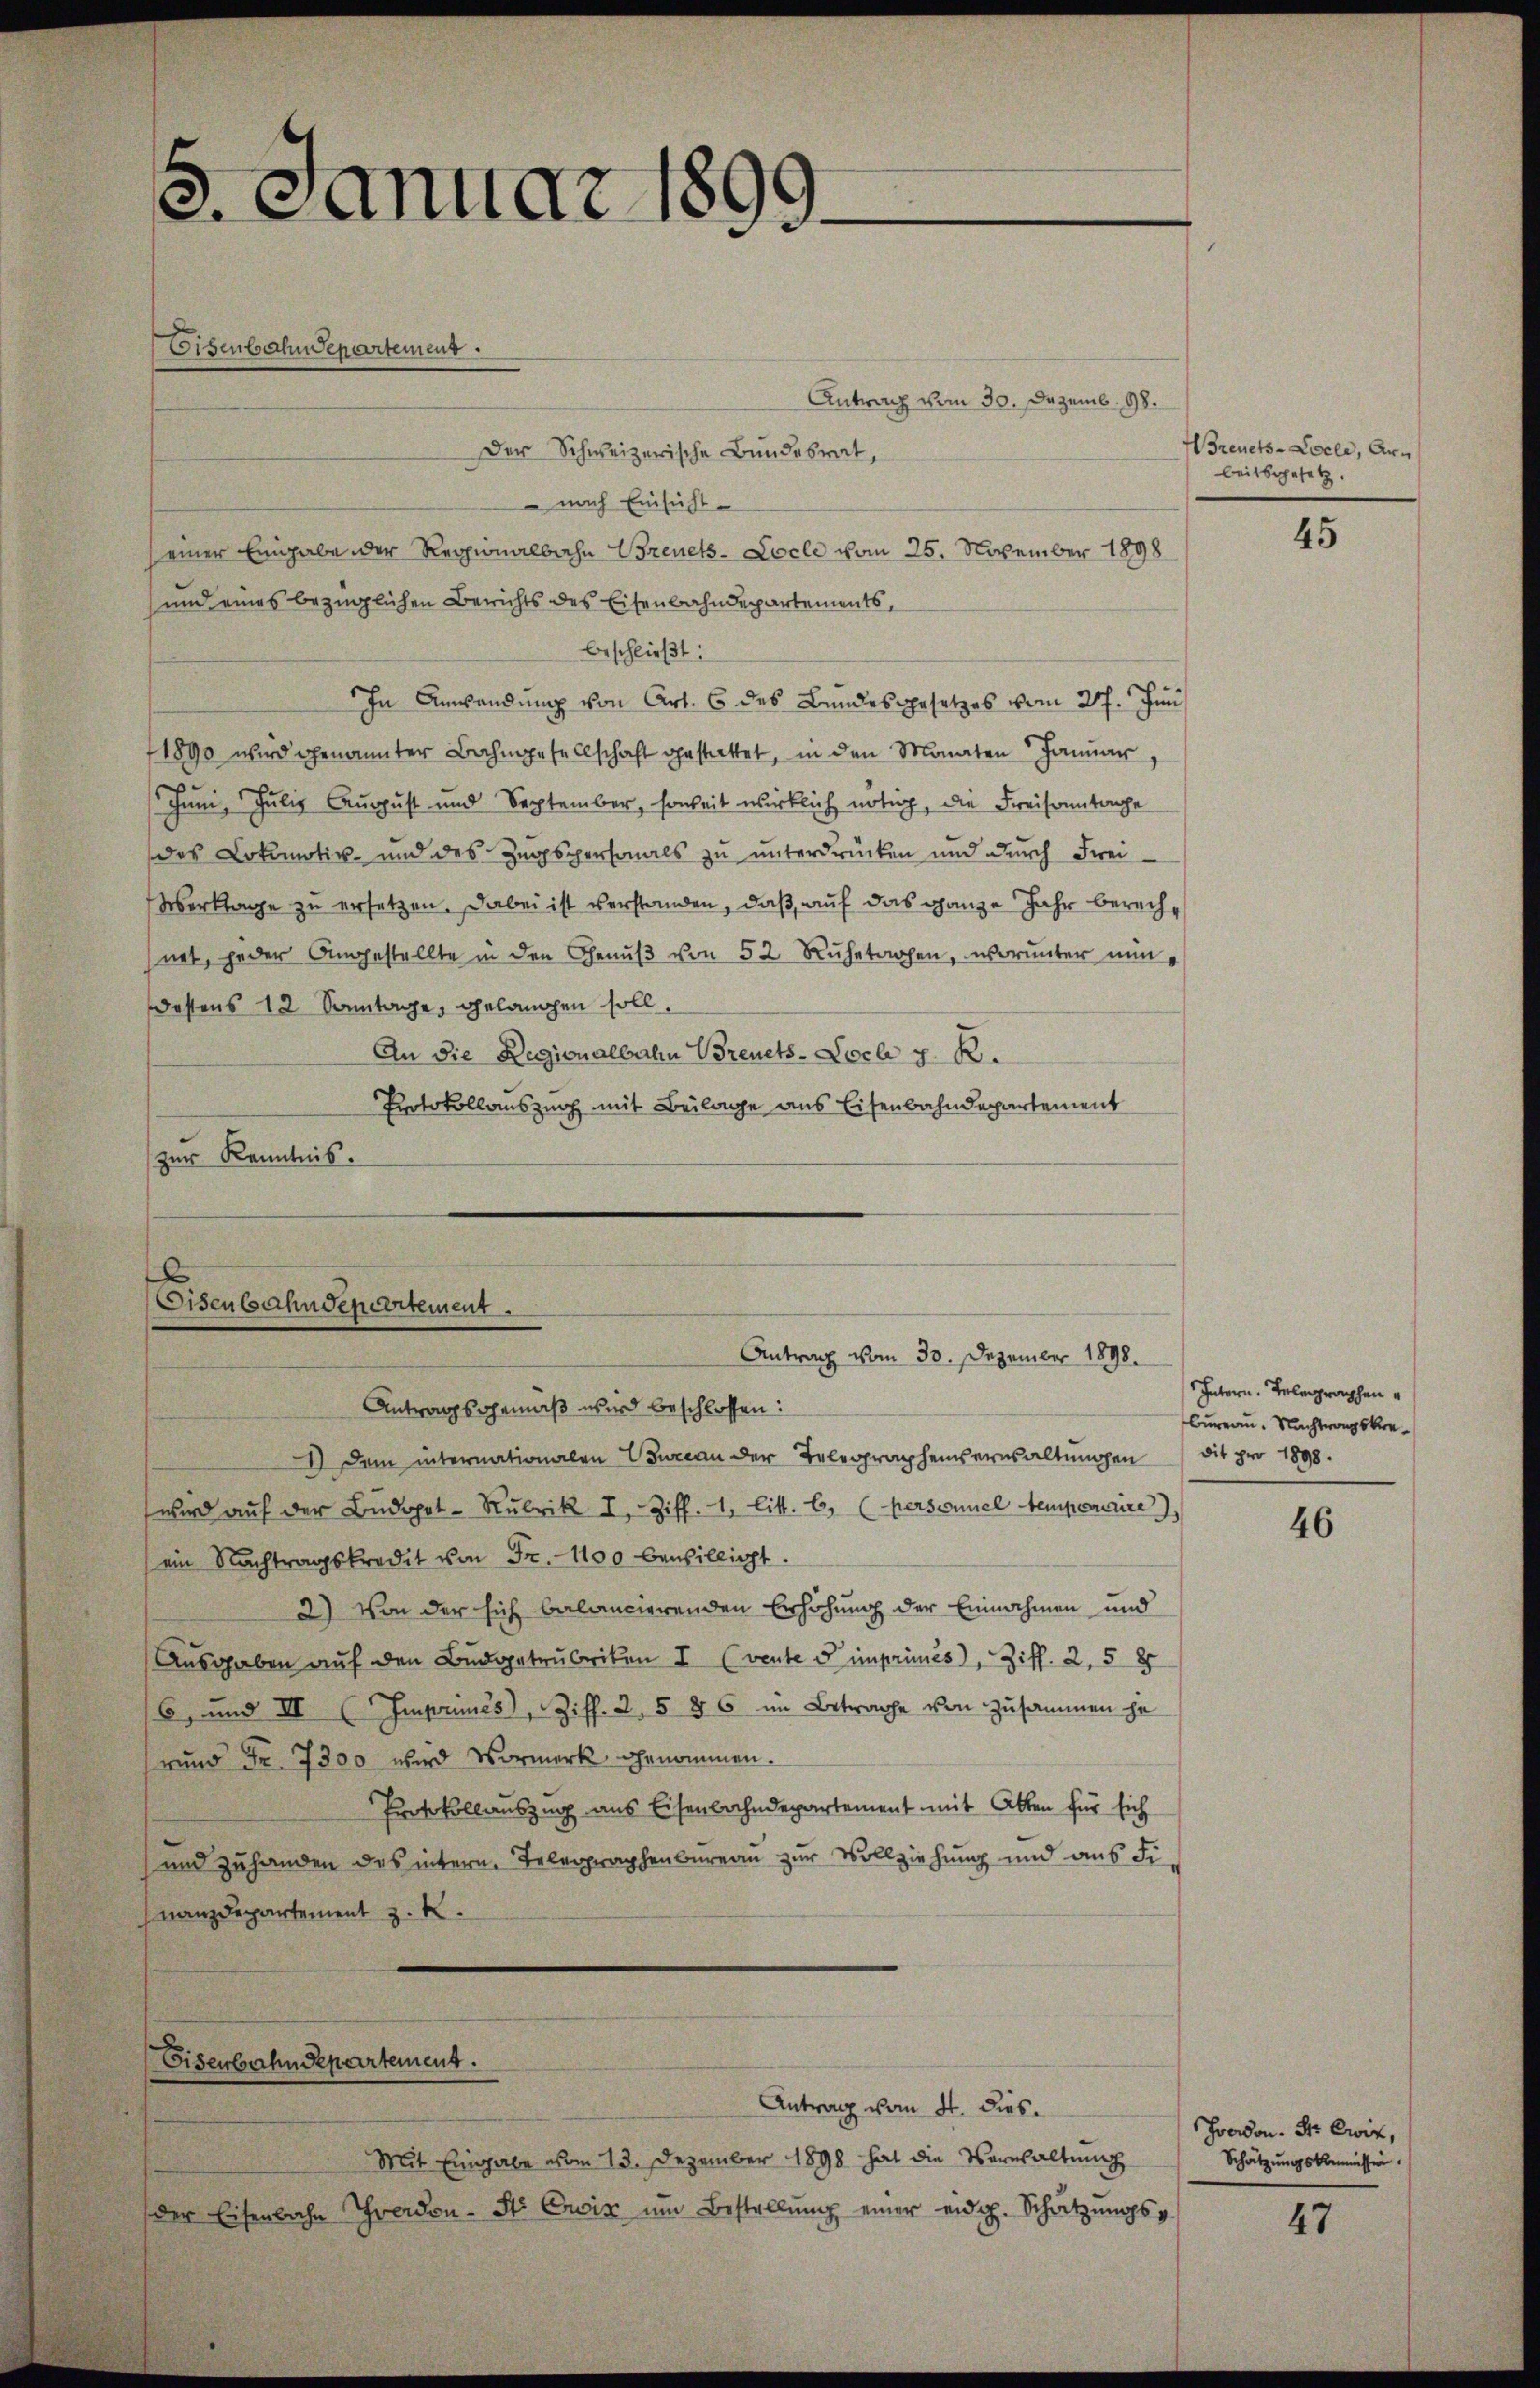
¬
3. Januar 1891

Antrag vom 30. Dezemb. 98.
Der Schweizerische Bundesrat,
 nach Einsicht
einer Eingabe der Regionalbahn Brenek-Locle vom 25. November 1898
und eines bezüglichen Berichts des Eisenbahndepartements,
beschließt:
In Anwendung von Art. 6 des Bundesgesetzes vom 27. Juni
1890 wird genannter Bahngesellschaft gestattet, in den Monaten Januar,
Juni, Julig August und September, soweit wirklich nötig, die Freisamtage
des Lokomotiv- und des Zugspersonals zu unterdrücken und durch Frei-
Verklage zu ersetzen. Dabei ist verstanden, daß auf das ganze Jahr berechnet, jeder Angestellte in den Genŭβ von 52 Ruhetachen, worunter nundestens 12 Sonntage, gelangen soll.
An die Regionalbahn Brenets-Locl z. R.
Protokollauszuch mit Beilage aus Eisenbahndepartement
zur Kenntnis.

Eisenbahndepartement

x
Eisenbahndepartement.
Antrag vom 30. Dezember 1898.
Antragsgemäß wird beschlossen:

dem internationalen Bureau der Telegraphenverwaltungen
wird aŭf der Bŭdopet - Rubrik I. Ziff. 1, litt. b. (Personnel temperaire
ein Nachtragskredit von Fr. 1100 bewilligt.
2) Von der sich balancierenden Erhöhung der Einnahmen und
Ausgaben auf den Budgetrubriken I (vente u imprimés), Ziff. 2, 58
6, und III (Imprimés, Ziff. 2, 5 § 6 im Betrache von Zusammen he
srund Fr. 7300 wird Vormerk genommen.
Protokollauszug aus Eisenbahndepartement mit Atten für sich
und zuhanden des intern Telegraphenbureau zur Vollziehung und aus Finanzdepartement z. K.

Eisenbahndepartement.

Antrag vom 4. dies.
Mit Eingabe vom 13. Dezember 1898 hat die Verwaltung
der Eisenbahn Yverdon- St. Crois ŭm Bestellŭng einer eidg. Schatzŭngsp

reuets-Locle, Arbeitsgesetz

45

Intern. Telegraphen
bureau. Nachtrangskrewit pro 1898.

46

Fondon. Sr Ewiz,
Schätzungskommission.

47